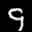
Label: 9